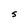
Character: S